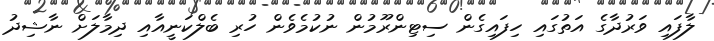
ލާފައި ވަރުދާގެ އަތުގައި ހިފައިގެން ސިޓިންރޫމުން ނުކުމެވެން ހުރި ބެލްކަނީއާއި ދިމާލަށް ނާޝިދު